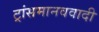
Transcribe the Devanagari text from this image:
ट्रांसमानववादी